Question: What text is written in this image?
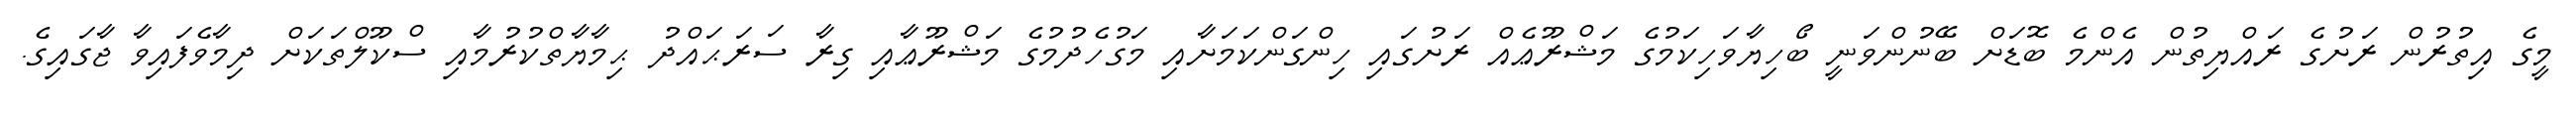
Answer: މީގެ އިތުރުން ރަށުގެ ރައްޔިތުން އެންމެ ބޮޑަށް ބޭނުންވަނީ ބޯހިޔާވަހިކަމުގެ މަޝްރޫޢެއް ރަށުގައި ހިންގަންކަމަށާއި މަގުހެދުމުގެ މަޝްރޫޢާއި ގިރާ ސަރަޙައްދު ޙިމާޔާތްކުރުމާއި ސްކޫލްތަކަށް ދިމާވެފައިވާ ޖާގައިގެ.